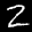
Label: 2